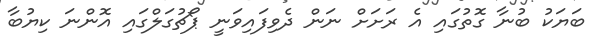
ބަޔަކު ބުނާ ގޮތުގައި އެ ރަށަށް ނަން ދެވިފައިވަނީ ޕޯޗުގަލްގައި އޮންނަ ކިޔުބާ